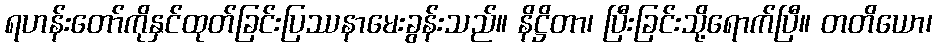
ရဟန်းတော်ကိုနှင်ထုတ်ခြင်းပြဿနာမေးခွန်းသည်။ နိဋ္ဌိတာ၊ ပြီးခြင်းသို့ရောက်ပြီ။ တတိယော၊